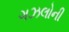
ગઝલોની